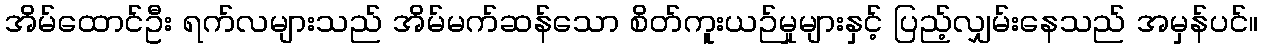
အိမ်ထောင်ဦး ရက်လများသည် အိမ်မက်ဆန်သော စိတ်ကူးယဉ်မှုများနှင့် ပြည့်လျှမ်းနေသည် အမှန်ပင်။